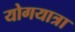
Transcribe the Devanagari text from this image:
योगयात्रा